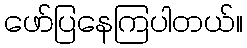
ဖော်ပြနေကြပါတယ်။